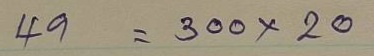
49 = 200x20